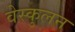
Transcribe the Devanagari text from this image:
वेस्कुलन